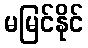
မမြင်နိုင်